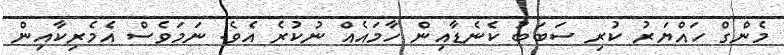
މެންގް ހައްޔަރު ކުރި ސަބަބު ކެނެޑާއިން ހާމައެއް ނުކުރެ އެވެ. ނަމަވެސް އެމެރިކާއިން